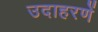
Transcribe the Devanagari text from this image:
उदाहरणें